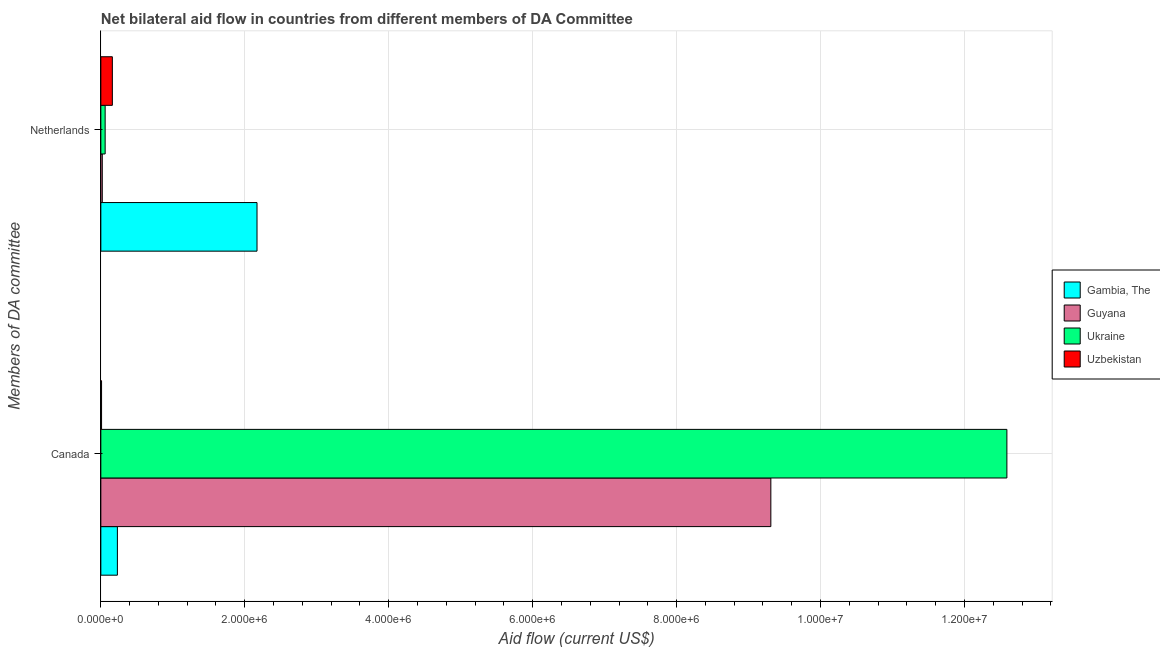
| Members of DA committee | Gambia, The | Guyana | Ukraine | Uzbekistan |
 | --- | --- | --- | --- | --- |
 | Canada | 2.3e+05 | 9.31e+06 | 1.26e+07 | 1e+04 |
 | Netherlands | 2.17e+06 | 2e+04 | 6e+04 | 1.6e+05 |